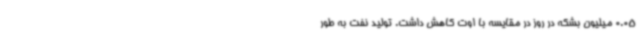
0.05 میلیون بشکه در روز در مقایسه با اوت کاهش داشت. تولید نفت به طور